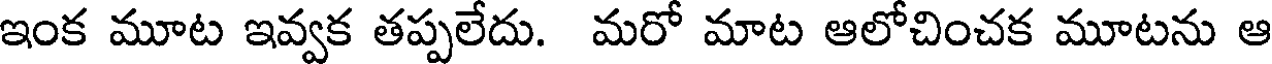
ఇంక మూట ఇవ్వక తప్పలేదు. మరో మాట ఆలోచించక మూటను ఆ